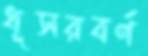
ধূসরবর্ণ